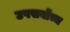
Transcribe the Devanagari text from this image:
उपसर्वोच्च